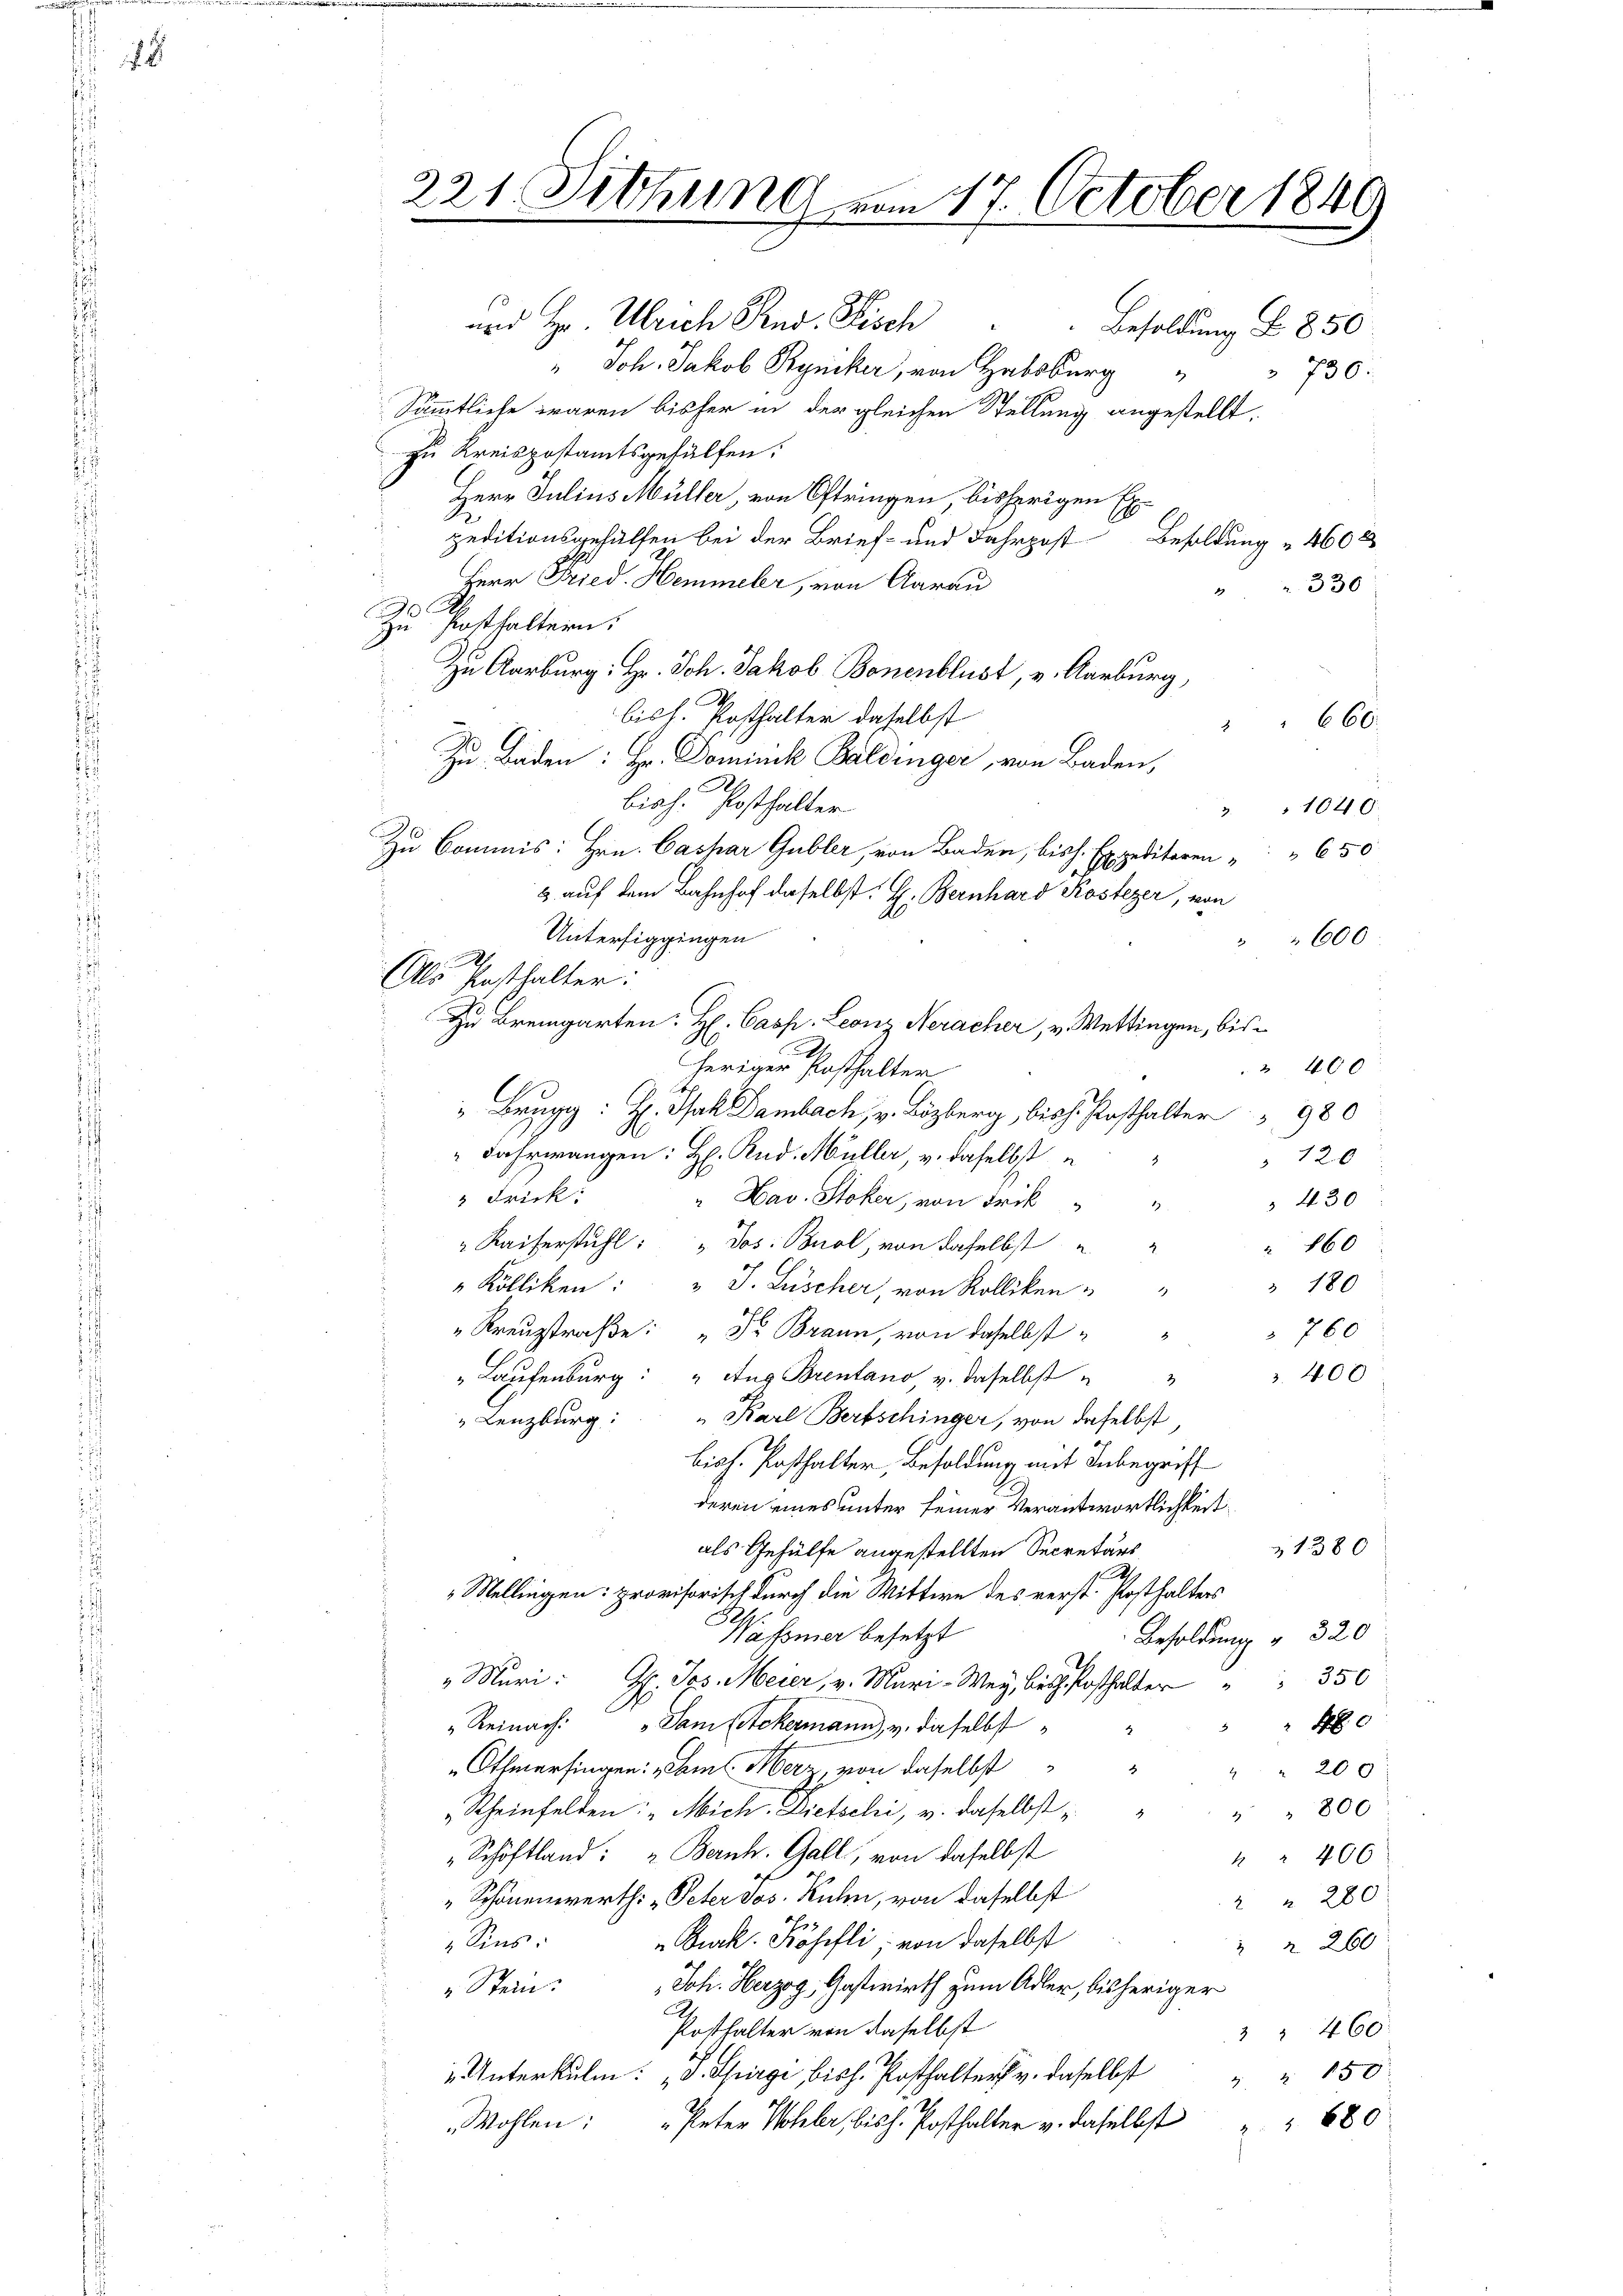
221. Sitzung vom 17. October 1849

und Hr. Ulrich Rud. Fisch " " Besoldung S. 850
" Joh. Jakob Rucker, von Habsburg
Sämmtliche waren bisher in der gleichen Stellung angestellt,
zu Kreispostamtsgehülfen:
Herr Julius Müller, von Oftringen bisherigen Expeditionsgehülfen bei der Brief- und Fahrpost Besoldung 460 x
Herr Fried. Hemmeler, von Aarau
330
Zu Posthaltern.
Zu Aarburg: Hr. Joh. Jakob Bonenblust, v. Aarburg,
Z
bis h. Posthalter daselbst
660.
Zu Baden: Hr. Dominck Baldinger, von Baden,
bisch. Posthalter
3 1040.
Zu Commis: Hrn. Caspar Gubler, von Baden, bish. Expeditoren " " 650
h
3. auf dem Bahnhof daselbst. H. Bernhard Kostezer, von
Unterfiggingen
600
h
(Als Posthalter:
Zu Bremgarten: H. Casp. Leonz Neracher, v. Wettingen, bis¬
" 400
heriger Posthalter
" Brugg: H. Joh. Dambach, v. Bözberg, bis h. Rasthalter 980
" Jahrmangen: H: Rud. Müller, v. daselbst
120
8
 Frick.
"Hav. Stoker, von Frik
 430
" Kaiserstuhl: " Jos: Biel, von daselbst
 860
 180
" Kölliken: " J. Lüscher, von Kolliken " "
760
"Kreuzstraße: "Der Brann, von daselbst
" Laufenburg: „Aug Brentano v. daselbst u
400
" Lenzburg: " Karl Bertschinger, von daselbst
biss. Posthalter, Besoldung mit Inbegriff
deren eines unter seiner Verantwortlichkeit
1380
als Gehülfe angestellten Secretärs
1.M.
Mellingen: provisorisch durch die Wittwe des verst. Posthalters
Wafsmer besetzt
Besoldung " 320
 Muri sei v. 350
"Reinach. Samstekermann, u. daselbst
4
" Othmarfingen: „Sam Merz, von daselbst        "  "  "  200
Rheinfelden: „Mich. Dietschi, u. daselbst
 " 800
Schöftland: „Bernh. Gall, von daselbst
" 406
„Schönenwerth: „Peter dos. Kuhn, von daselbst
2 " 280.
Buck. Kösefli, von daselbst
Sins.
 260
Joh. Herzog, Gastwirth zum Adler, bisheriger
Stein.
Potthalter von daselbst
2 " 460.
 Unterkung bis Posthalter v. daselbst " " 150
" Peter Wohler, bis h. Posthalter u. daselbst " " 680
Wohlen:

730.